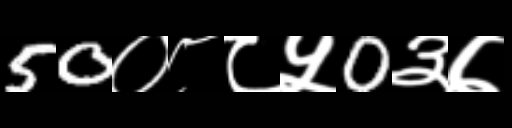
Text: 50०८८५0३७